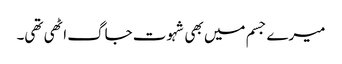
میرے جسم میں بھی شہوت جاگ اٹھی تھی۔